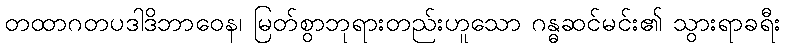
တထာဂတပဒါဒိဘာဝေန၊ မြတ်စွာဘုရားတည်းဟူသော ဂန္ဓဆင်မင်း၏ သွားရာခရီး